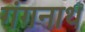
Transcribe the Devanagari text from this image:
गंगनाथ